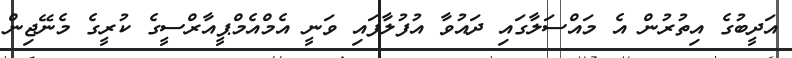
އަދީބުގެ އިތުރުން އެ މައްސަލާގައި ދައުވާ އުފުލާފައި ވަނީ އެމްއެމްޕީއާރްސީގެ ކުރީގެ މެނޭޖިން